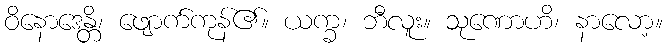
ဝိနောဒေန္တိ၊ ဖျောက်ကုန်၏။ ယက္ခ၊ ဘီလူး။ သုဏောဟိ၊ နာလော့။